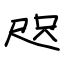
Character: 咫